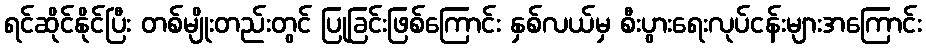
ရင်ဆိုင်နိုင်ပြီး တစ်မျိုးတည်းတွင် ပြုခြင်းဖြစ်ကြောင်း နှစ်လယ်မှ စီးပွားရေးလုပ်ငန်းများအကြောင်း